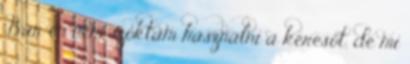
Bár én nem szoktam használni a keresőt, de mi